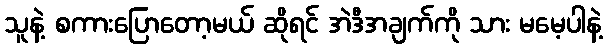
သူနဲ့ စကားပြောတော့မယ် ဆိုရင် အဲဒီအချက်ကို သား မမေ့ပါနဲ့